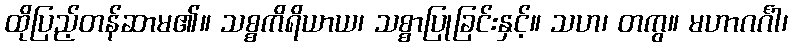
ထိုပြည့်တန်ဆာမ၏။ သစ္စကိရိယာယ၊ သစ္စာပြုခြင်းနှင့်။ သဟ၊ တကွ။ မဟာဂင်္ဂါ၊